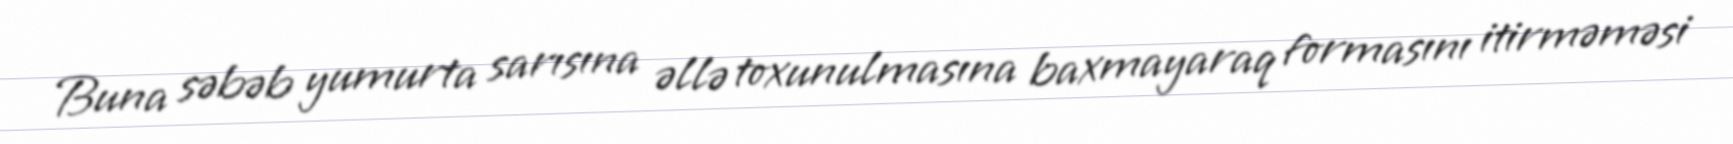
Buna səbəb yumurta sarısına əllə toxunulmasına baxmayaraq formasını itirməməsi